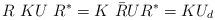
LaTeX: \begin{align*}R\,\, KU \,\, R^* = K\,\, \bar{R} U R^* = K U_d\end{align*}